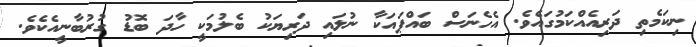
ނިކަމެތި ދަރިއެއްކަމުގައެވެ. އެހެނަސް ބައްޕަައަކާ ނުލައި ދަރިޔަކު ބެލުމަކީ ހާދަ ބޮޑު ގުރުބާނީއެކެވެ.